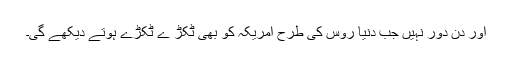
اور دن دور نہیں جب دنیا روس کی طرح امریکہ کو بھی ٹکڑ ے ٹکڑے ہوتے دیکھے گی۔